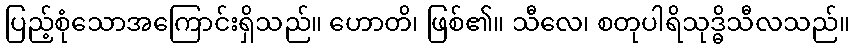
ပြည့်စုံသောအကြောင်းရှိသည်။ ဟောတိ၊ ဖြစ်၏။ သီလေ၊ စတုပါရိသုဒ္ဓိသီလသည်။